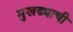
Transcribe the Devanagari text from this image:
मुखड्याची